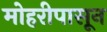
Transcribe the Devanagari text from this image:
मोहरीपासून